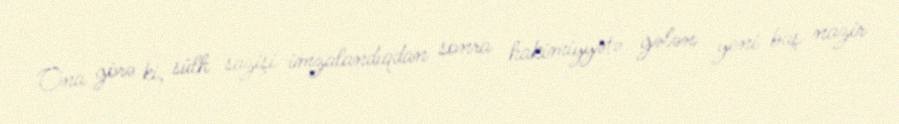
Ona görə ki, sülh sazişi imzalandıqdan sonra hakimiyyətə gələn yeni baş nazir